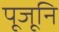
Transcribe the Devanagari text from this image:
पूजूनि